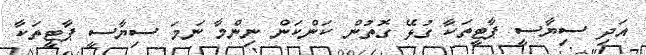
އަދި ސިޔާސީ ޕާޓީތަކާ ގުޅޭ ގޮތުން ކަންކަން ނިންމާ ނަމަ ސިޔާސީ ޕާޓީތަކާ